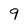
Character: 9